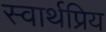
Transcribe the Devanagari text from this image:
स्वार्थप्रिय